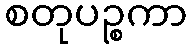
စတုပဉ္စကာ